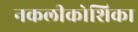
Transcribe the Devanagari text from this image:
नकलीकोशिका